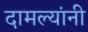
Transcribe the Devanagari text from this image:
दामल्यांनी